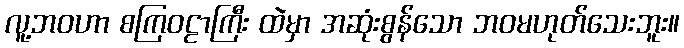
လူ့ဘဝဟာ စကြဝဠာကြီး ထဲမှာ အဆုံးစွန်သော ဘဝမဟုတ်သေးဘူး။